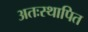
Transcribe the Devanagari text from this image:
अतःस्थापित